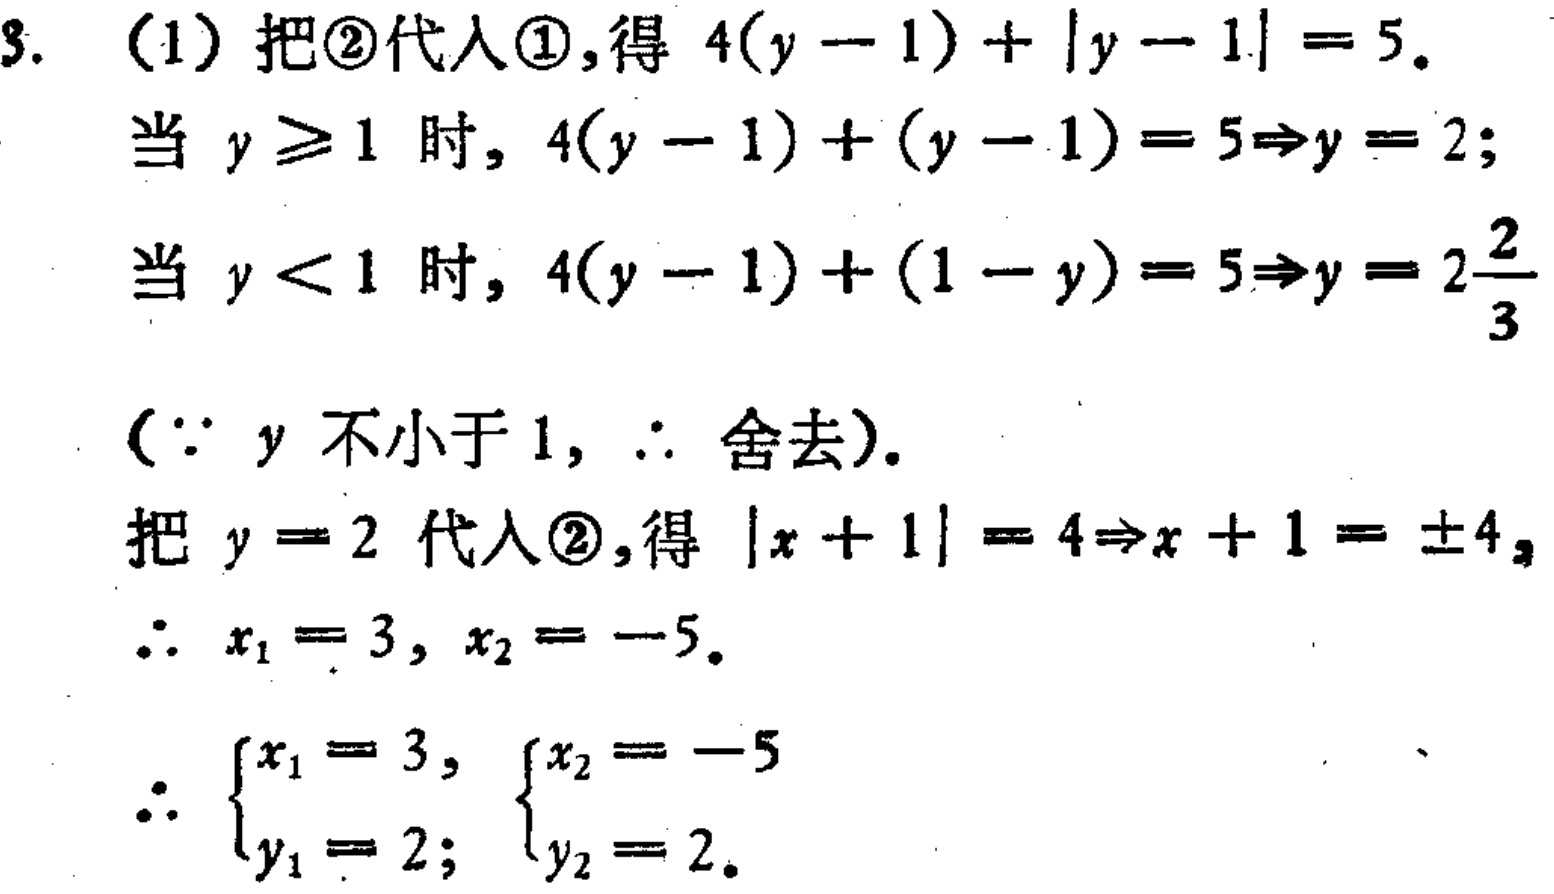
3. (1) 把\textcircled{2}代入\textcircled{1},得 \(4(y - 1)+|y - 1| = 5\).
当 \(y\geq1\) 时, \(4(y - 1)+(y - 1)=5\Rightarrow y = 2\);
当 \(y < 1\) 时, \(4(y - 1)+(1 - y)=5\Rightarrow y = 2\frac{2}{3}\)
(\(\because y\) 不小于 \(1\), \(\therefore\) 舍去).
把 \(y = 2\) 代入\textcircled{2},得 \(|x + 1| = 4\Rightarrow x + 1=\pm4\),
\(\therefore x_1 = 3, x_2=-5\).
\(\therefore \begin{cases}x_1 = 3,\\y_1 = 2;\end{cases}\begin{cases}x_2=-5\\y_2 = 2.\end{cases}\)